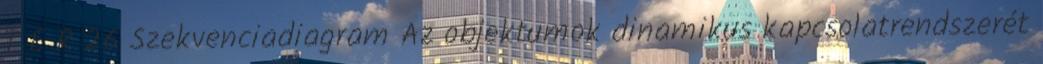
T Ė R 26 Szekvenciadiagram Az objektumok dinamikus kapcsolatrendszerét